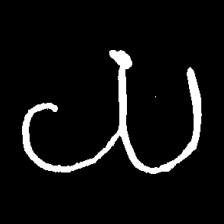
Pyu character \u2014 Myanmar letter: ယ (romanized: ya)